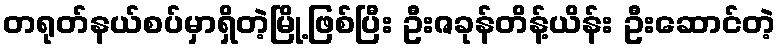
တရုတ်နယ်စပ်မှာရှိတဲ့မြို့ဖြစ်ပြီး ဦးဇခုန်တိန့်ယိန်း ဦးဆောင်တဲ့